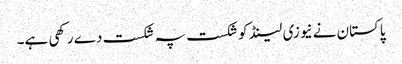
پاکستان نے نیوزی لینڈ کو شکست پہ شکست دے رکھی ہے۔